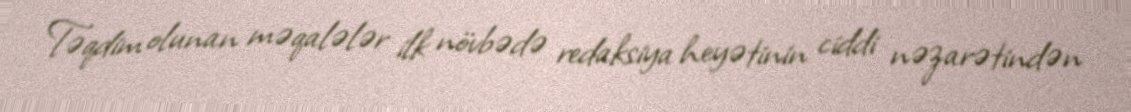
Təqdim olunan məqalələr ilk növbədə redaksiya heyətinin ciddi nəzarətindən